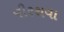
વીરથવા